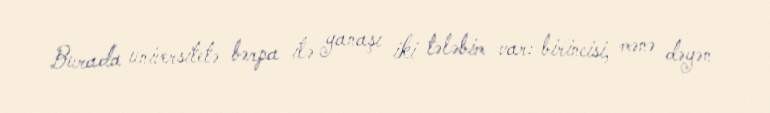
Burada universitetə bərpa ilə yanaşı iki tələbim var: birincisi, mənə dəyən